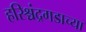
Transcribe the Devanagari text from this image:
हरिश्चंद्रगडाच्या